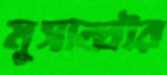
মুসাব্বীর